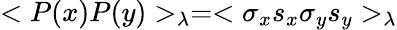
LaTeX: <P(x)P(y)>_{\lambda}=<\sigma_{x}s_{x}\sigma_{y}s_{y}>_{\lambda}